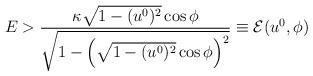
LaTeX: \begin{align*}E > \frac{\kappa \sqrt{1 - (u^0)^2} \cos\phi}{\sqrt{1 - \left(\sqrt{1 - (u^0)^2} \cos\phi\right)^2}} \equiv \mathcal{E}(u^0, \phi)\end{align*}